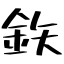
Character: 鉃